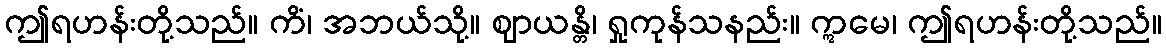
ဤရဟန်းတို့သည်။ ကိံ၊ အဘယ်သို့။ ဈာယန္တိ၊ ရှုကုန်သနည်း။ ဣမေ၊ ဤရဟန်းတို့သည်။